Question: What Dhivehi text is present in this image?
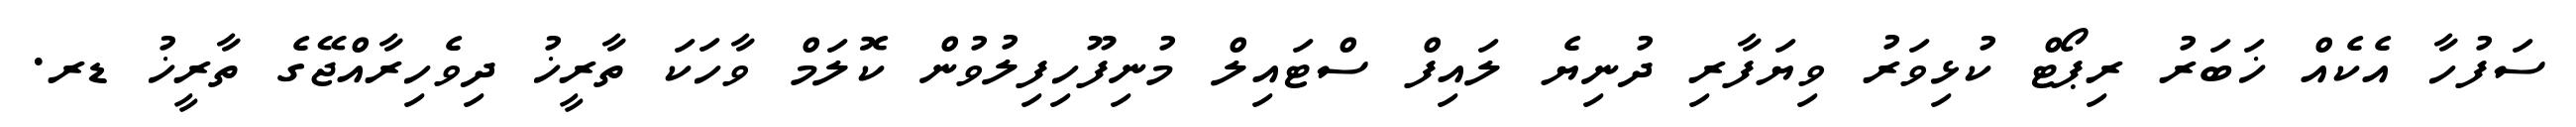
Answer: ސަފުހާ އެކެއް ޚަބަރު ރިޕޯޓް ކުޅިވަރު ވިޔަފާރި ދުނިޔެ ލައިފް ސްޓައިލް މުނިފޫހިފިލުވުން ކޮލަމް ވާހަކަ ތާރީޚު ދިވެހިރާއްޖޭގެ ތާރީޚު ޑރ.